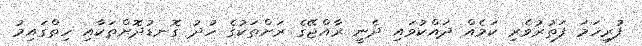
ފުރިހަމަ ފަތުރުވެރި ކަމެއް ދައްކުވައި ދެނީ ރާއްޖޭގެ ރަށްތަކުގެ ހުދު ގޮނޑުދޮށްތަކާއި ހިތްގައިމު